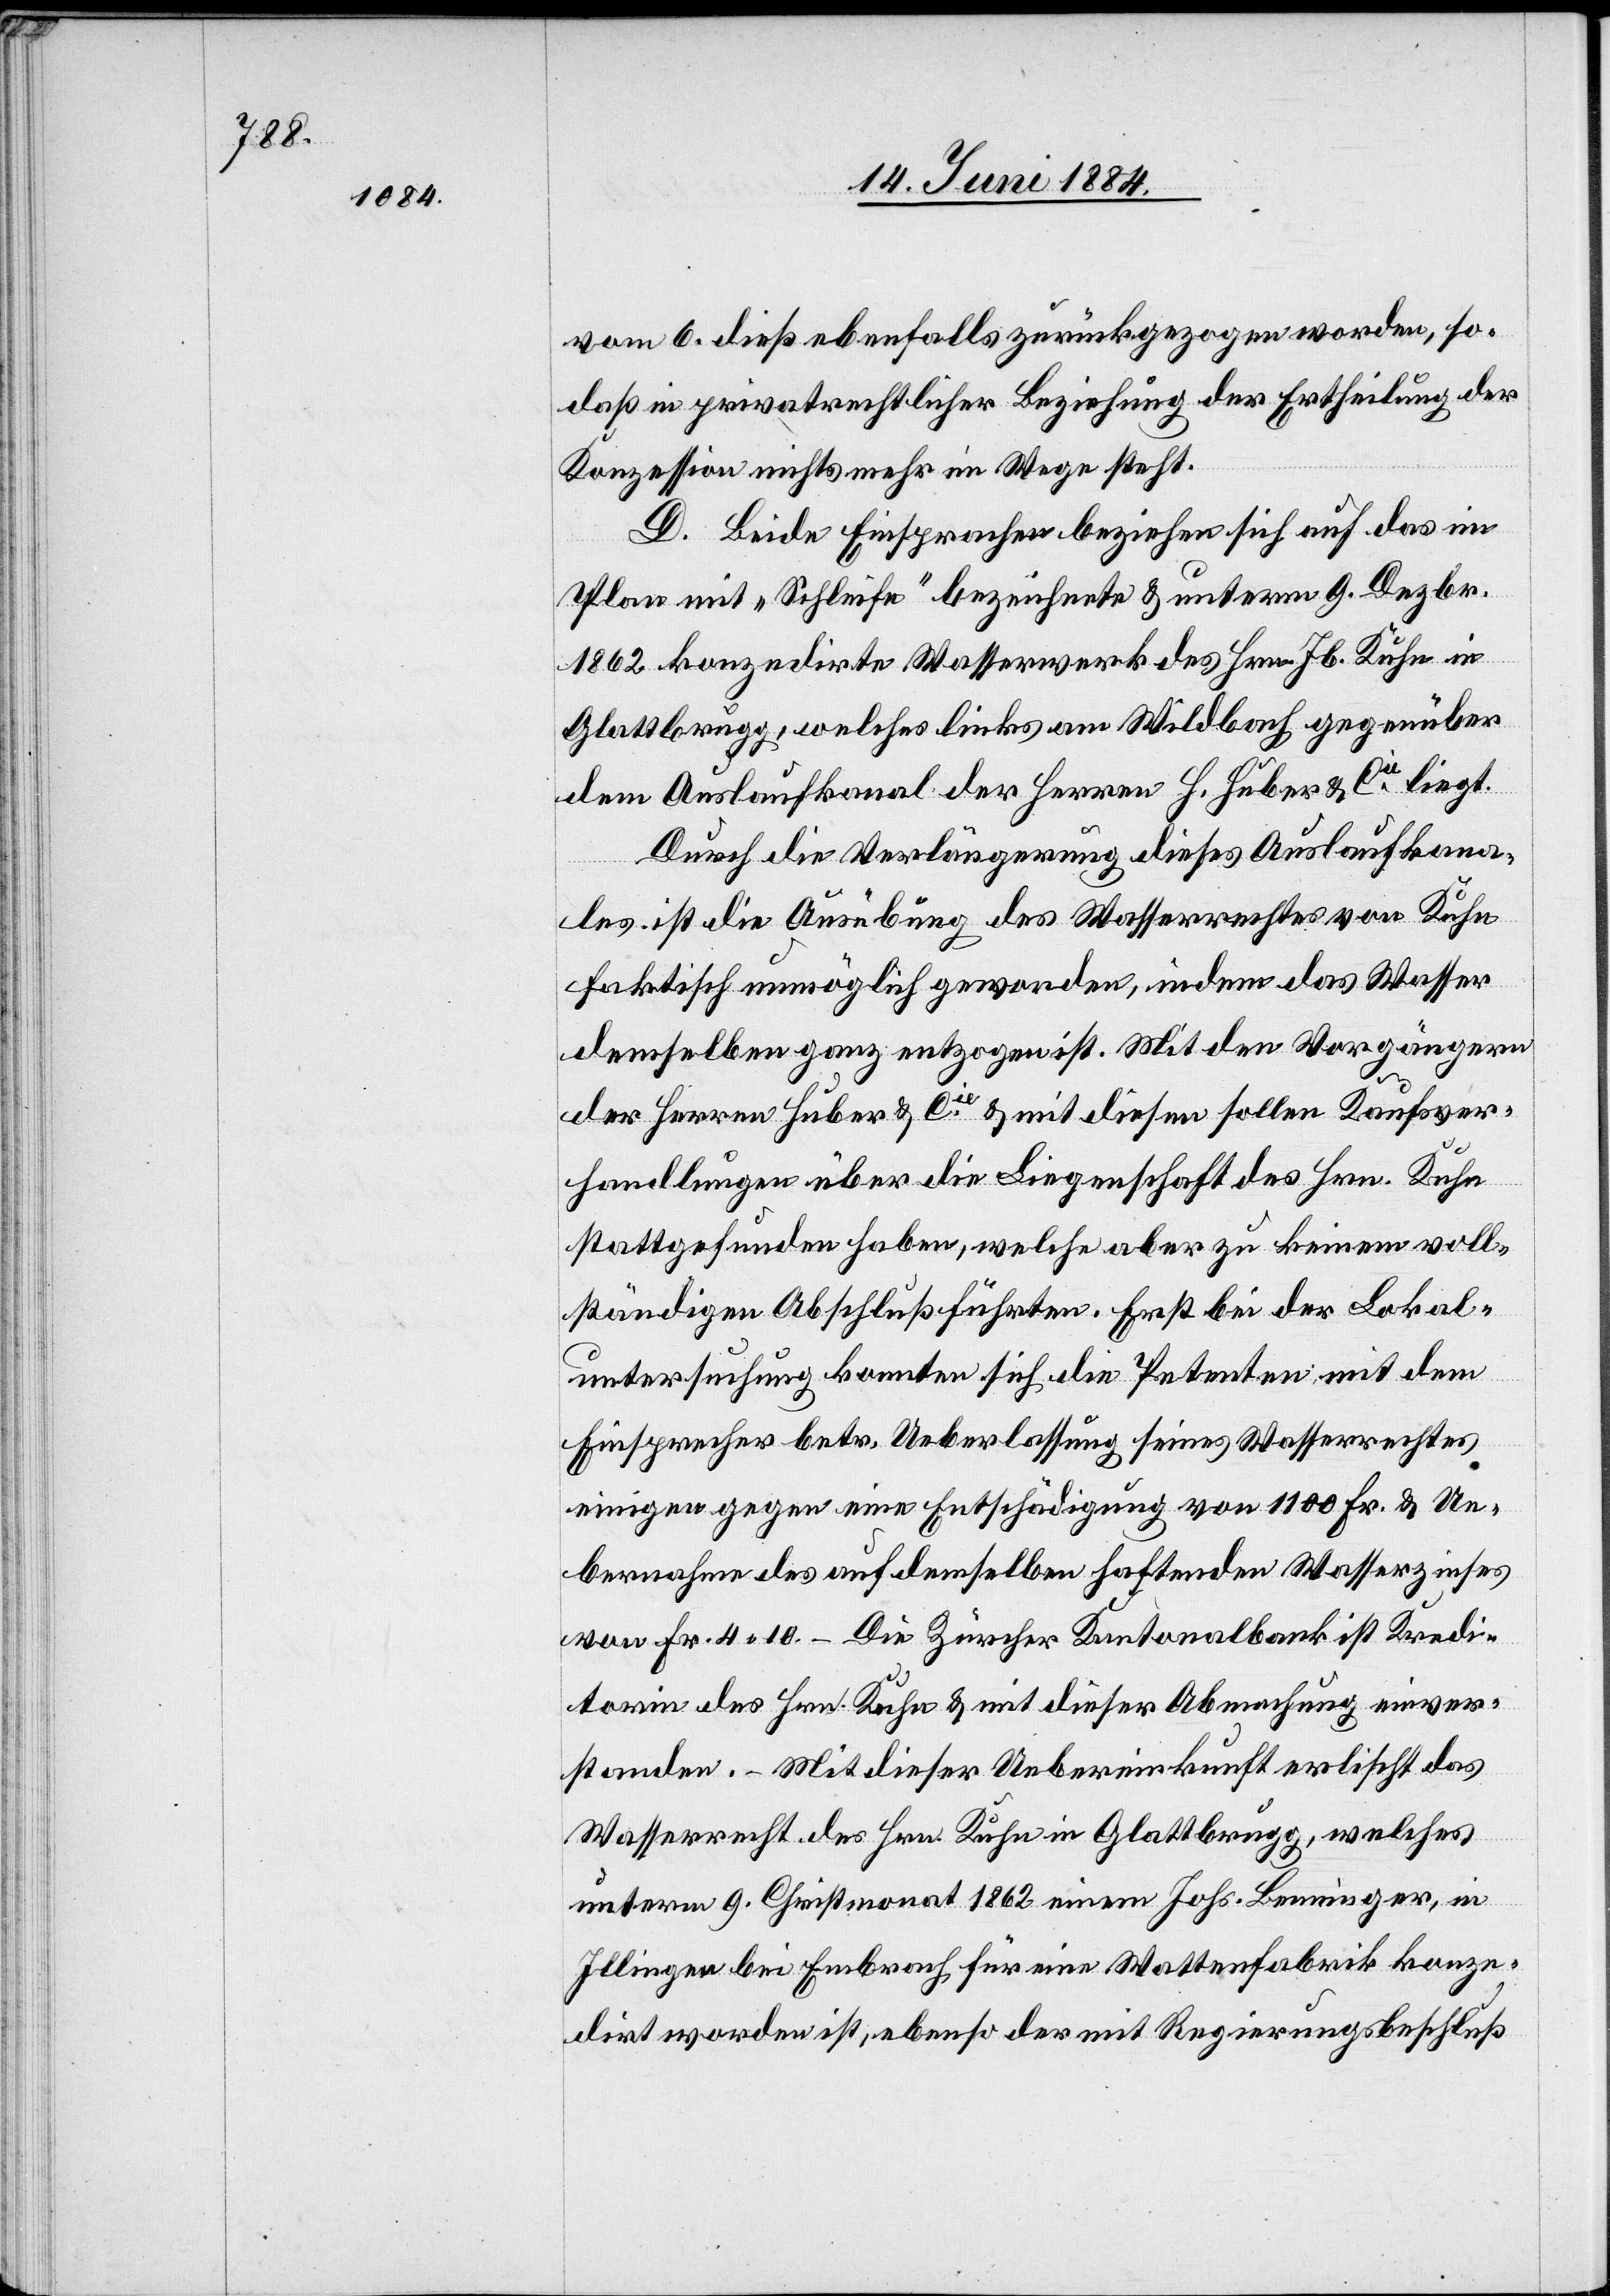
vom 6. dieß ebenfalls zurückgezogen worden, so
daß in privatrechtlicher Beziehung der Ertheilung der
Konzession nichts mehr im Wege steht.
D. Beide Einsprachen beziehen sich auf das im
Plan mit „Schleife“ bezeichnete & unterm 9. Dezbr.
1862 konzedirte Wasserwerk des Hrn. Jb. Kuhn in
Glattbrugg, welches links am Wildbach gegenüber
dem Auslaufkanal der Herren H. Huber & Cie liegt.
Durch die Verlängerung dieses Auslaufkana¬
les ist die Ausübung des Wasserrechtes von Kuhn
faktisch unmöglich geworden, indem das Wasser
demselben ganz entzogen ist. Mit den Vorgängern
der Herren Huber & Cie & mit diesem sollen Kaufsver¬
handlungen über die Liegenschaft des Hrn. Kuhn
stattgefunden haben, welche aber zu keinem voll¬
ständigen Abschluß führten. Erst bei der Lokal¬
untersuchung konnten sich die Petenten mit dem
Einsprecher betr. Ueberlassung seines Wasserrechtes
einigen gegen eine Entschädigung von 1100 Fr. & Ue¬
bernahme des auf demselben haftenden Wasserzinses
von Fr. 4 10. – Die Züricher Kantonalbank ist Kredi¬
torin des Hrn. Kuhn & mit dieser Abmachung einver¬
standen. – Mit dieser Uebereinkunft erlischt das
Wasserrecht des Hrn. Kuhn in Glattbrugg, welches
unterm 9. Christmonat 1862 einem Johs. Benninger, in
Illingen bei Embrach für eine Wattenfabrik konze¬
dirt worden ist, ebenso der mit Regierungsbeschluß